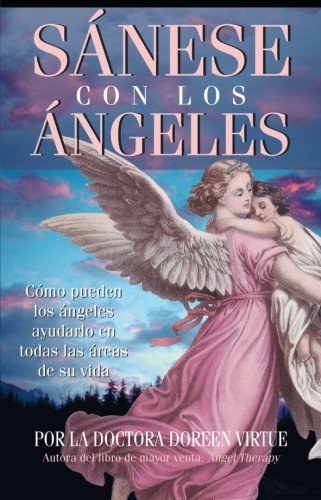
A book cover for Sanese Con Los Angeles: (Healing with the Angels) (Spanish Edition); Doreen Virtue; Religion & Spirituality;